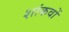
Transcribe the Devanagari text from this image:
शांकवों